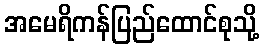
အမေရိကန်ပြည်ထောင်စုသို့